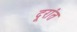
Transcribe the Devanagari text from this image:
दूरांत